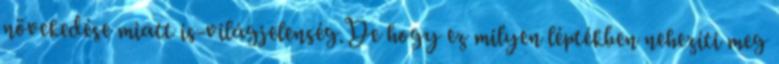
növekedése miatt is-világjelenség.De hogy ez milyen léptékben nehezíti meg